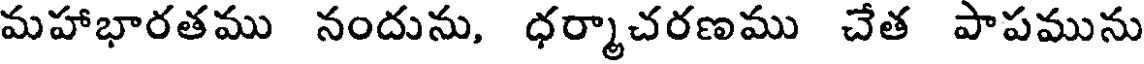
మహాభారతము నందును, ధర్మాచరణము చేత పాపమును